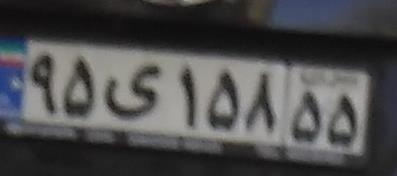
۹۵ی۱۵۸۵۵